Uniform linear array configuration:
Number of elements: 8
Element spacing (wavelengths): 0.5
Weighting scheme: exponential
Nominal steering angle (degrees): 45
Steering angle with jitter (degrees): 44.201
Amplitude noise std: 0.05
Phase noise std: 0.05

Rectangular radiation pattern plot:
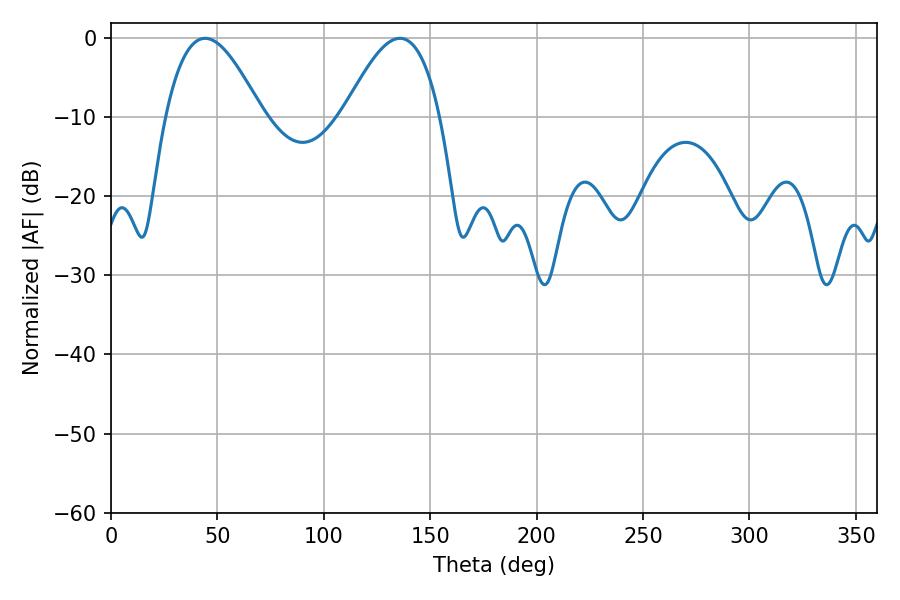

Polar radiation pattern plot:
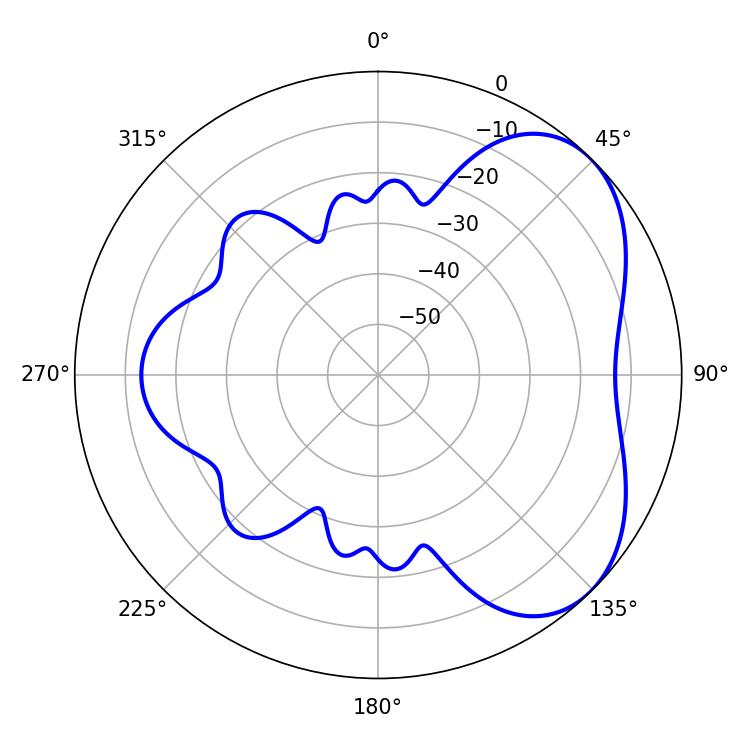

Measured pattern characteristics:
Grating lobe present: FALSE
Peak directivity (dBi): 4.794
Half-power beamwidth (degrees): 24.48
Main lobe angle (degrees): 44.28